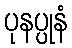
ပုနပ္ပုနံ